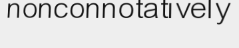
nonconnotatively